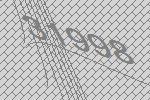
31998